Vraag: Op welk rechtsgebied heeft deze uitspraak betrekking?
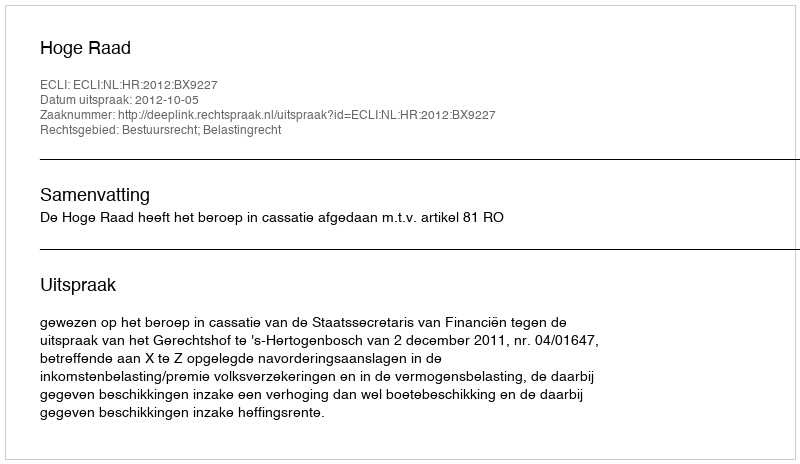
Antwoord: Bestuursrecht; Belastingrecht